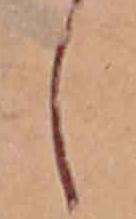
し